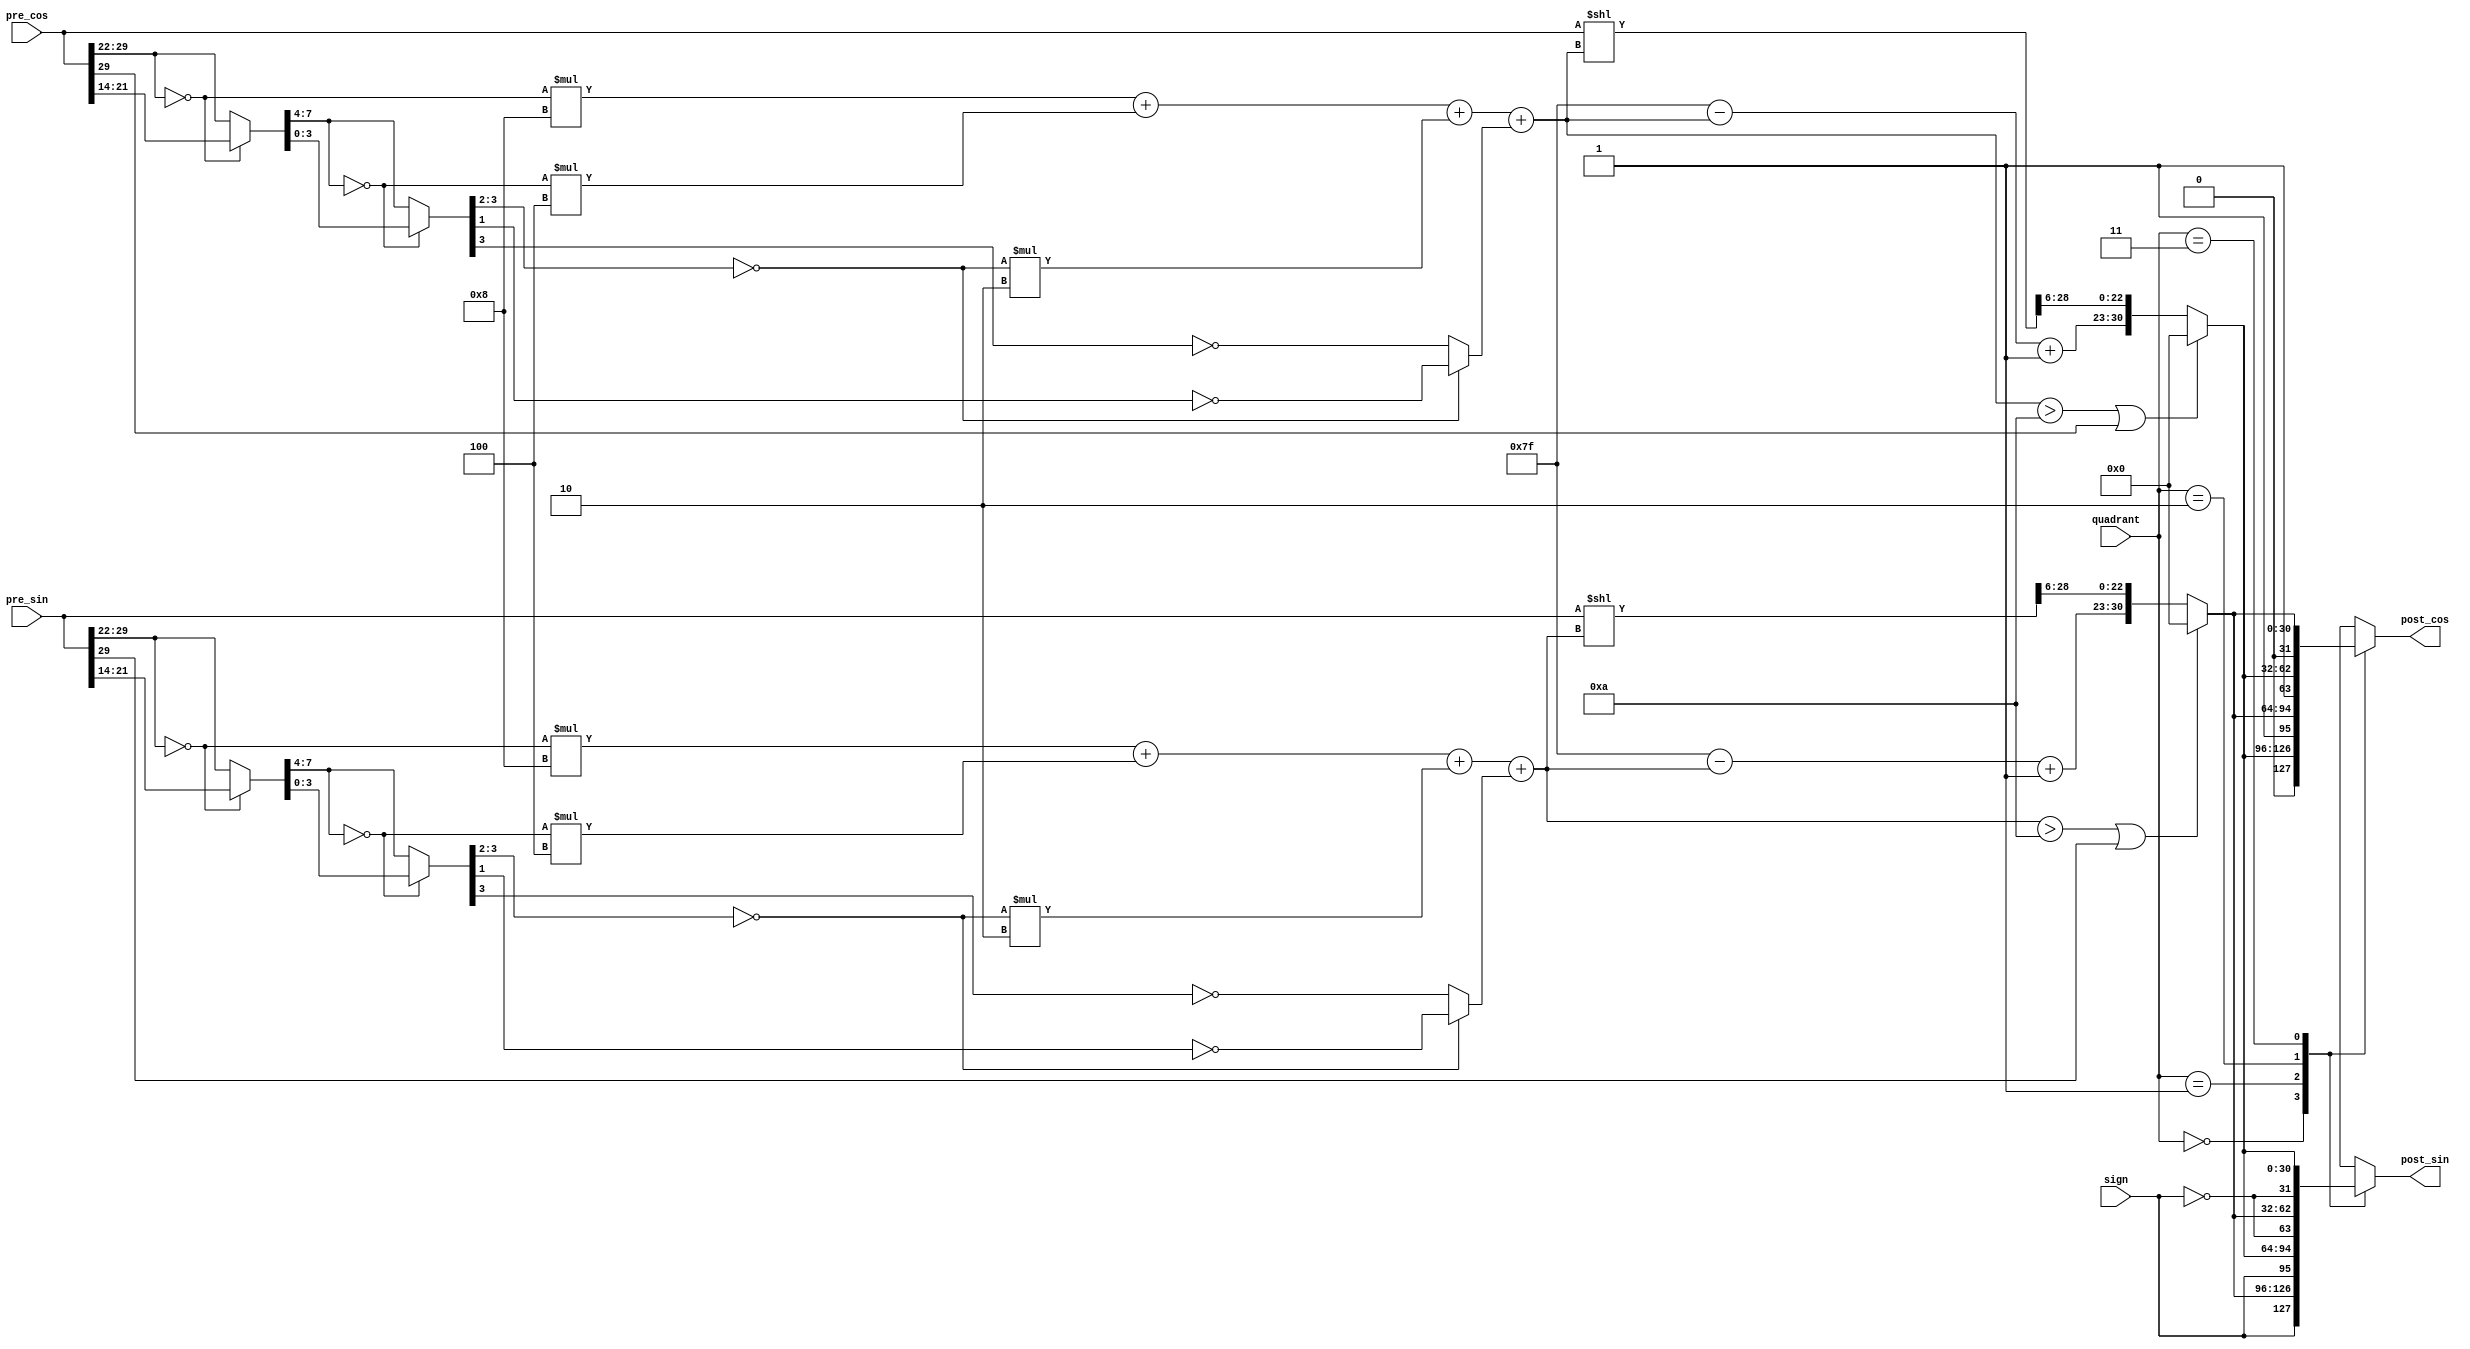
module post_process (
    input sign,
    input [30-1:0] pre_sin,
    input [30-1:0] pre_cos,
    input [1:0] quadrant,
    output reg [32-1:0] post_sin,
    output reg [32-1:0] post_cos
);

reg sin_detector0, sin_detector1, sin_detector2, sin_detector3;
reg cos_detector0, cos_detector1, cos_detector2, cos_detector3;
reg [16-1:0] sin_val16, cos_val16;
reg [8-1:0]  sin_val8, cos_val8;
reg [4-1:0]  sin_val4, cos_val4;
reg [6-1:0] sin_lead_zero, cos_lead_zero;
reg [31-1:0] fpsin, fpcos;

always @(*) begin
    sin_detector3 = (pre_sin[29:22] == 8'b0);
    sin_val8 = sin_detector3 ? pre_sin[21:14] : pre_sin[29:22];
    sin_detector2 = (sin_val8[7:4] == 4'b0);
    sin_val4 = sin_detector2 ? sin_val8[3:0] : sin_val8[7:4];
    sin_detector1 = (sin_val4[3:2] == 2'b0);
    sin_detector0 = sin_detector1 ? ~sin_val4[1] : ~sin_val4[3];
end
always @(*) begin
    cos_detector3 = (pre_cos[29:22] == 8'b0);
    cos_val8 = cos_detector3 ? pre_cos[21:14] : pre_cos[29:22];
    cos_detector2 = (cos_val8[7:4] == 4'b0);
    cos_val4 = cos_detector2 ? cos_val8[3:0] : cos_val8[7:4];
    cos_detector1 = (cos_val4[3:2] == 2'b0);
    cos_detector0 = cos_detector1 ? ~cos_val4[1] : ~cos_val4[3];
end

always @(*) begin
    sin_lead_zero = sin_detector3 *8 + sin_detector2 *4 + sin_detector1 *2 + sin_detector0;
    cos_lead_zero = cos_detector3 *8 + cos_detector2 *4 + cos_detector1 *2 + cos_detector0;
end

reg [8-1:0] sinshift, cosshift;
reg [30-1:0] tempsin, tempcos;
always @(*) begin
    sinshift = 127 - sin_lead_zero + 1;
    tempsin = pre_sin << sin_lead_zero;
    cosshift = 127 - cos_lead_zero + 1;
    tempcos = pre_cos << cos_lead_zero;
    if (sin_lead_zero > 10 || pre_sin[29] == 1) fpsin = 31'b0;
    else fpsin = {sinshift, tempsin[28:6]};
    if (cos_lead_zero > 10 || pre_cos[29] == 1) fpcos = 31'd0;
    else fpcos = {cosshift, tempcos[28:6]};

    casez (quadrant)
        2'd0: begin
            post_sin = {sign,fpsin};
            post_cos = {1'b0,fpcos};
        end 
        2'd1: begin
            post_sin = {sign,fpcos};
            post_cos = {1'b1,fpsin};
        end
        2'd2: begin
            post_sin = {~sign,fpsin};
            post_cos = {1'b1,fpcos};
        end
        2'd3: begin
            post_sin = {~sign,fpcos};
            post_cos = {1'b0,fpsin};
        end
        default: begin
            post_sin = {sign,fpsin};
            post_cos = {1'b0,fpcos};
        end
    endcase
end
    
endmodule